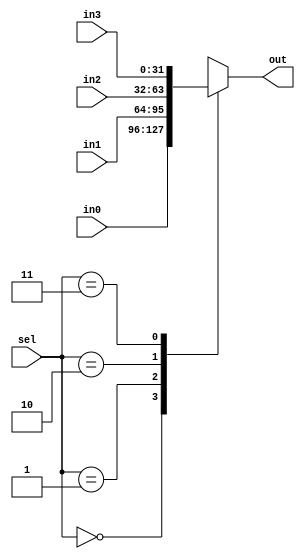
module MUX_4to1_32bit(
    input [31:0] in0,
    input [31:0] in1,
    input [31:0] in2,
    input [31:0] in3,
    input [1:0] sel,
    output reg [31:0] out
);

always @(*) begin
    case(sel)
        2'b00: out = in0;
        2'b01: out = in1;
        2'b10: out = in2;
        2'b11: out = in3;
    endcase
end

endmodule